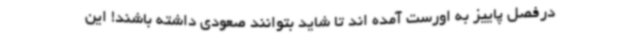
درفصل پاییز به اورست آمده اند تا شاید بتوانند صعودی داشته باشند! این